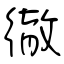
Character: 徹